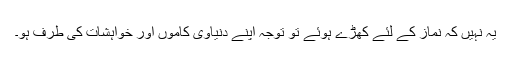
یہ نہیں کہ نماز کے لئے کھڑے ہوئے تو توجہ اپنے دنیاوی کاموں اور خواہشات کی طرف ہو۔